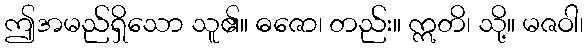
ဤအမည်ရှိသော သူ၏။ ဓဇော၊ တည်း။ ဣတိ၊ သို့။ မဇဝါ၊